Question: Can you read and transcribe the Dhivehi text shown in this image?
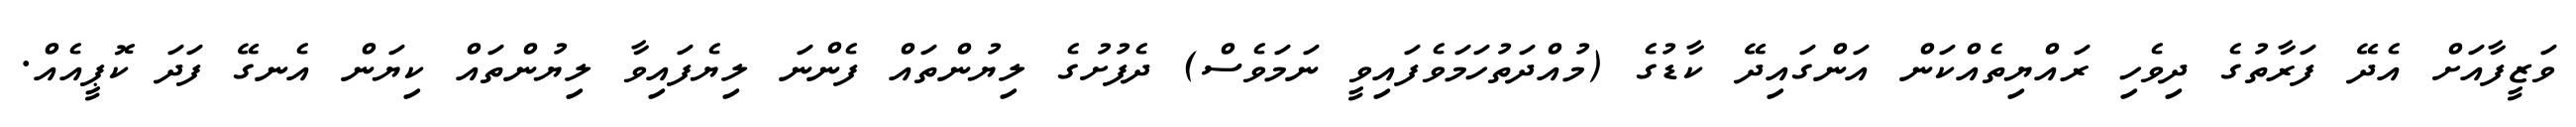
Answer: ވަޒީފާއަށް އެދޭ ފަރާތުގެ ދިވެހި ރައްޔިތެއްކަން އަންގައިދޭ ކާޑުގެ (މުއްދަތުހަމަވެފައިވީ ނަމަވެސް) ދެފުށުގެ ލިޔުންތައް ފެންނަ ލިޔެފައިވާ ލިޔުންތައް ކިޔަން އެނގޭ ފަދަ ކޮޕީއެއް.